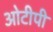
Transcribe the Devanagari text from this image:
ओटीपी